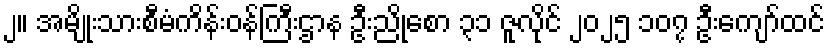
၂။ အမျိုးသားစီမံကိန်းဝန်ကြီးဌာန ဦးညိုစော ၃၁ ဇူလိုင် ၂၀၂၅ ၁၀၇ ဦးကျော်ထင်